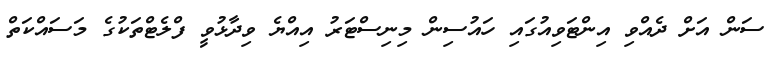
ސަން އަށް ދެއްވި އިންޓަވިއުގައި ހައުސިން މިނިސްޓަރު އިއްޔެ ވިދާޅުވީ ފްލެޓްތަކުގެ މަސައްކަތް